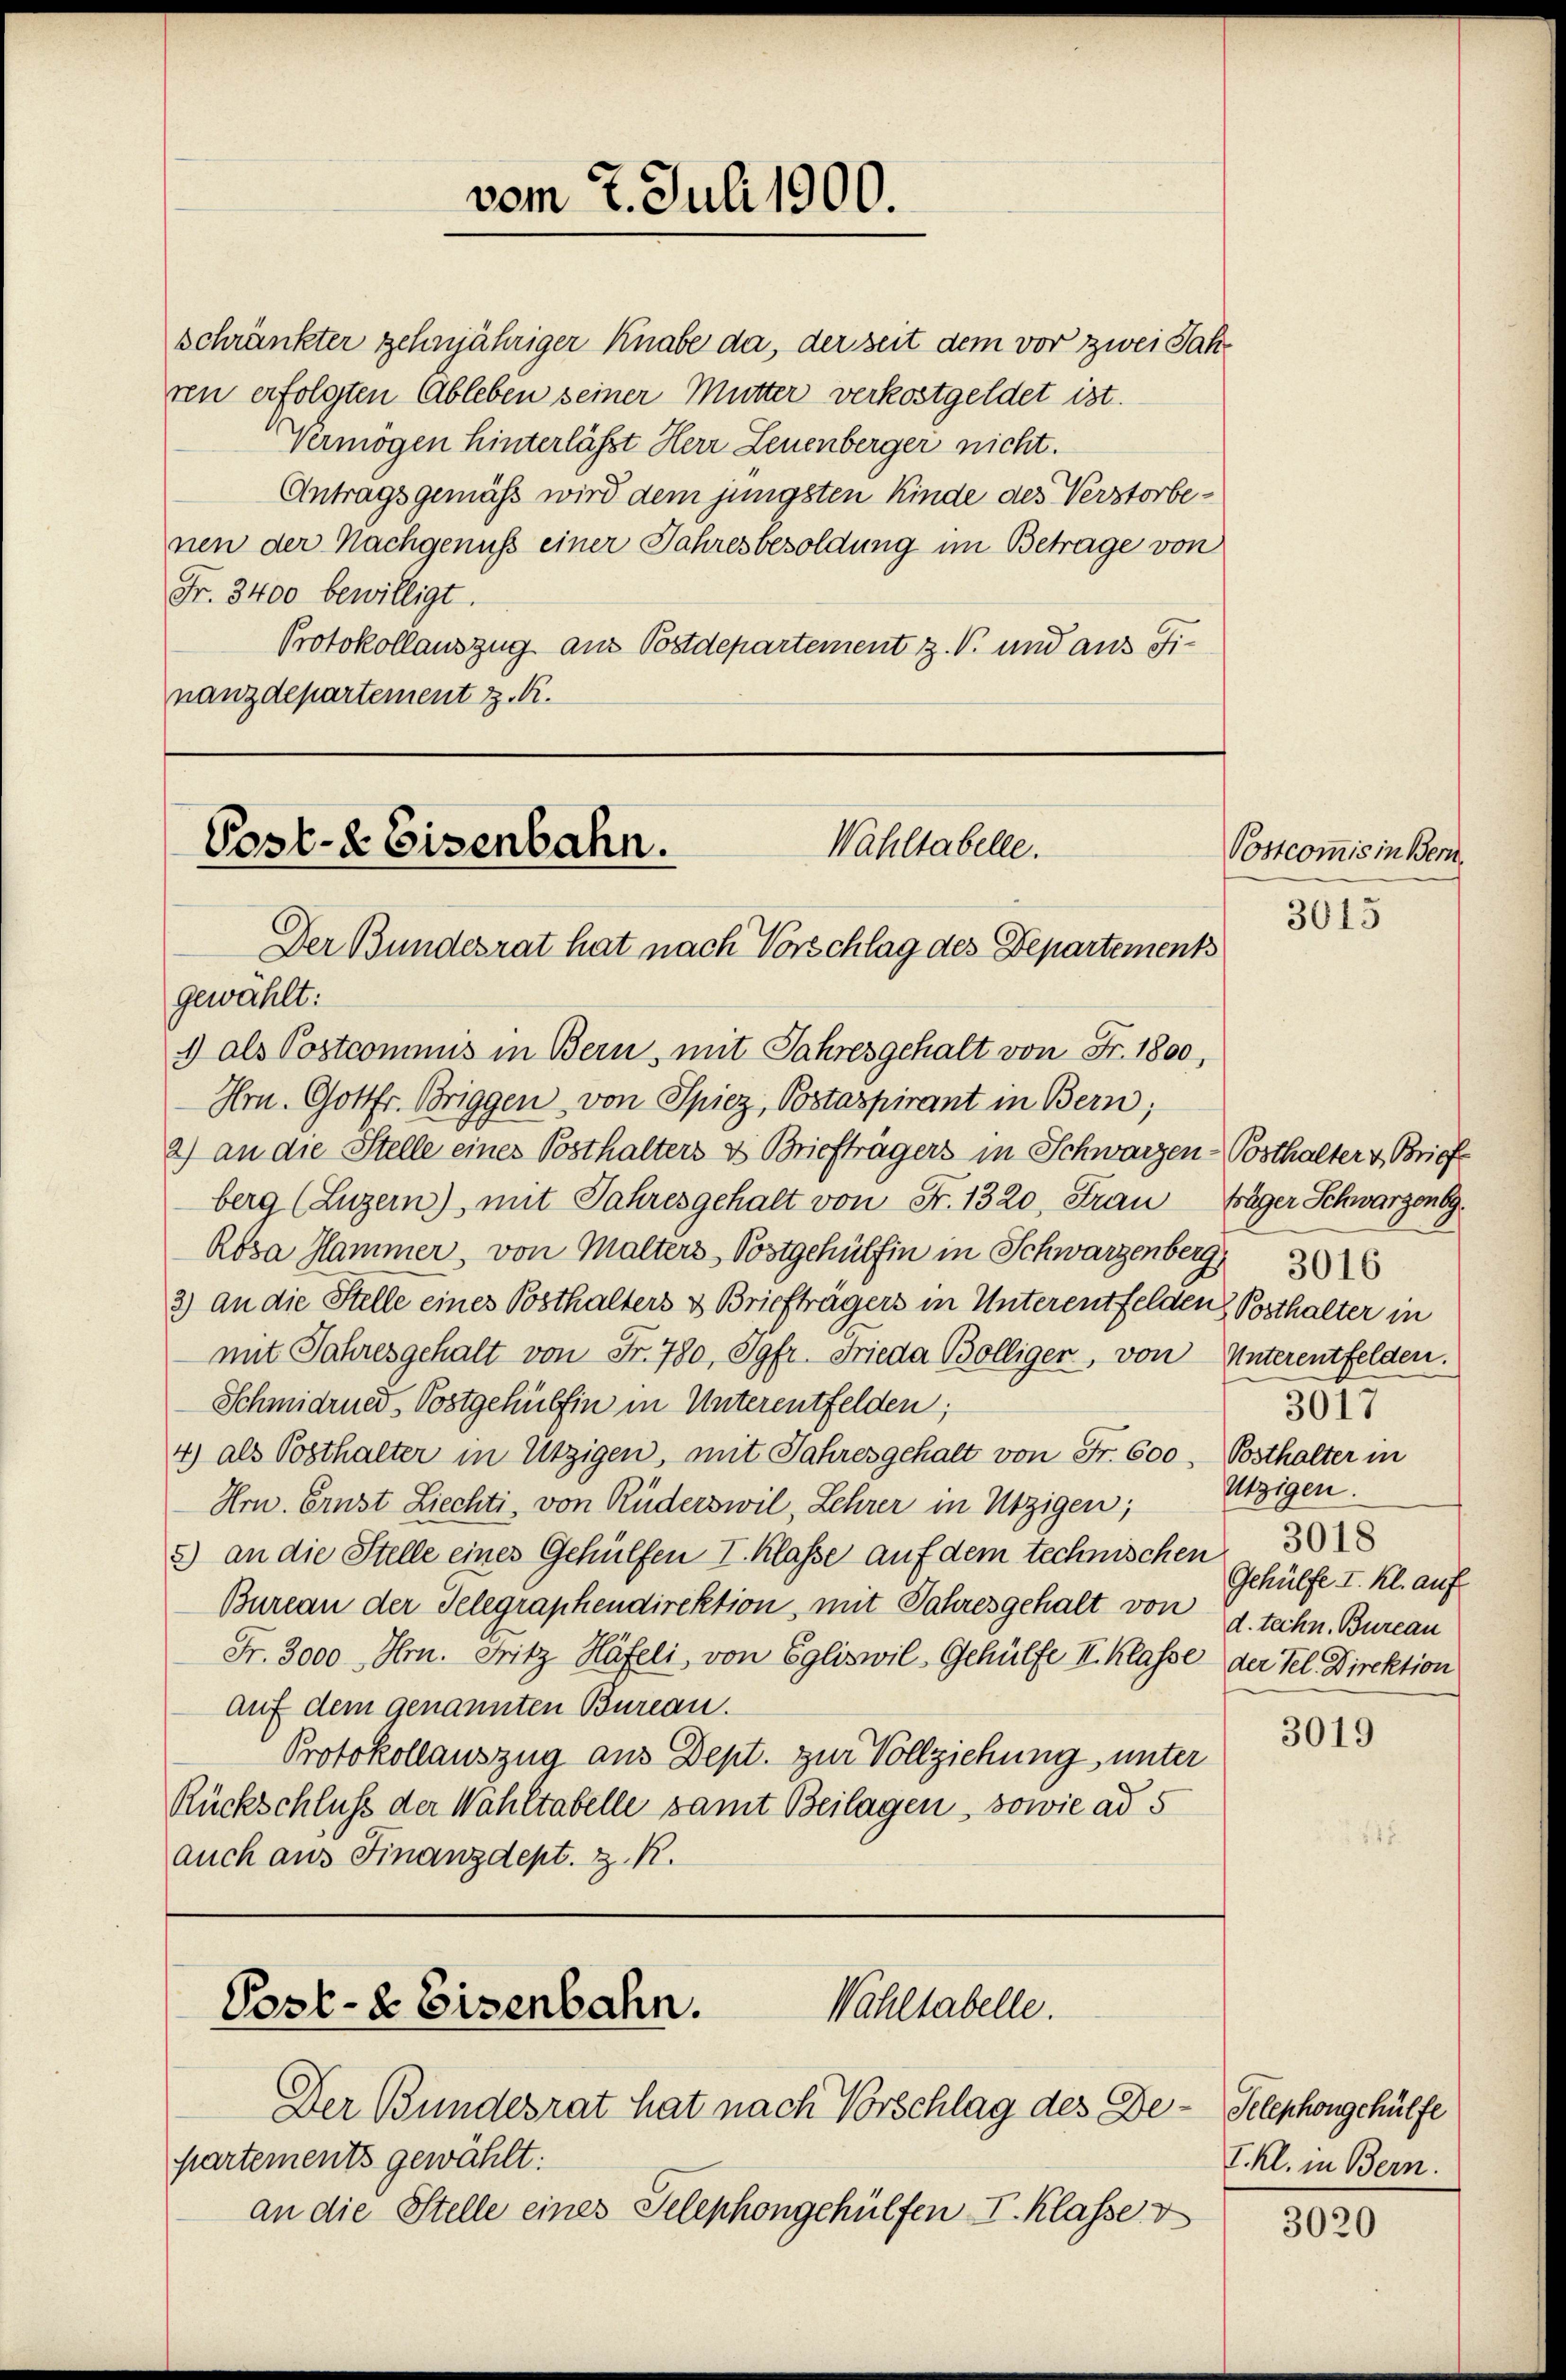
vom 7. Juli 1900.

schränkter zehnjähriger Knabe da, der seit dem vor zwei Jahren erfolgten Ableben seiner Mutter verkostgeldet ist.
Vermögen hinterlässt Herr Leuenberger nicht.
Antragsgemäß wird dem jüngsten Kinde des Verstorbenen der Nachgenuss einer Jahresbesoldung im Betrage von
Fr. 3400 bewilligt.
Protokollauszug aus Postdepartement z. V. und aus Finanzdepartement z. R.

Wahltabelle.
Post- & Eisenbahn.
Der Bundesrat hat nach Vorschlag des Departements

partements gewählt:
an die Stelle eines Telephongehülfen I. Klasse v

gewählt:
1) als Postcommis in Bern, mit Jahresgehalt von Fr. 1800,
Hrn. Gottfr. Briggen, von Spiez, Postaspirant in Bern;
2) an die Stelle eines Posthalters & Briefträgers in Schwarzen-Posthalter v. Brief
berg (Luzern), mit Jahresgehalt von Fr. 1320, Frau Täger Schwarzenbg.
Rosa Hammer, von Malters Postgehülfen in Schwarzenberg
2) an die Stelle eines Posthalters & Briefträgers in Unterentfelden Posthalter in
mit Jahresgehalt von Fr. 780, Jgfr. Frieda Bölliger, von Unterentfelden.
Schmidrued, Postgehülfen in Unterentfelden;
4) als Posthalter in Utzigen, mit Jahresgehalt von Fr. 600, Posthalter in
Hrn. Ernst Ziechti, von Rüderswil, Lehrer in Utzigen;
2) an die Stelle eines Gehülfen I. Klasse auf dem technischen 30
Bureau der Telegraphendirektion, mit Jahresgehalt von 2. techn. Bureau
Fr. 3000 Hrn. Fritz Häfeli, von Egliswil-Gehülfe II. Klasse der Tel. Direktion
auf dem genannten Bureau.
Protokollauszug aus Dept. zur Vollziehung unter
Rückschluß der Wahltabelle samt Beilagen, sowie ad 5
auch aus Finanzdept. z. R.

Post- & Eisenbahn.
Wähltabelle.
Der Bundesrat hat nach Vorschlag des De¬

Postcommis in Bern.
3015

3017
Utzigen.
Gehülfe I. Kl. auf

3019

Telephongehülfe
I. Kl. in Bern.

3020